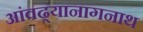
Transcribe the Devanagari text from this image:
आंवढ्यानागनाथ